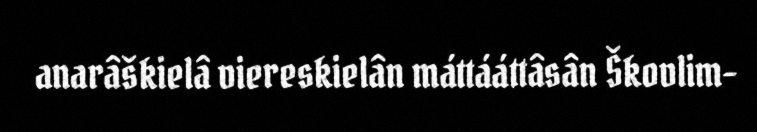
anarâškielâ viereskielân máttááttâsân Škovlim-